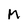
Character: M